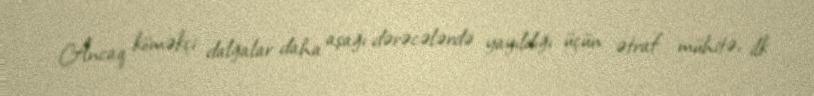
Ancaq köməkçi dalğalar daha aşağı dərəcələrdə yayıldığı üçün ətraf mühitə, ilk